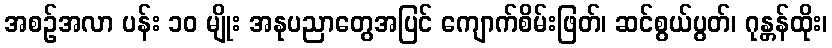
အစဉ်အလာ ပန်း ၁၀ မျိုး အနုပညာတွေအပြင် ကျောက်စိမ်းဖြတ်၊ ဆင်စွယ်ပွတ်၊ ဂုန္တန်ထိုး၊